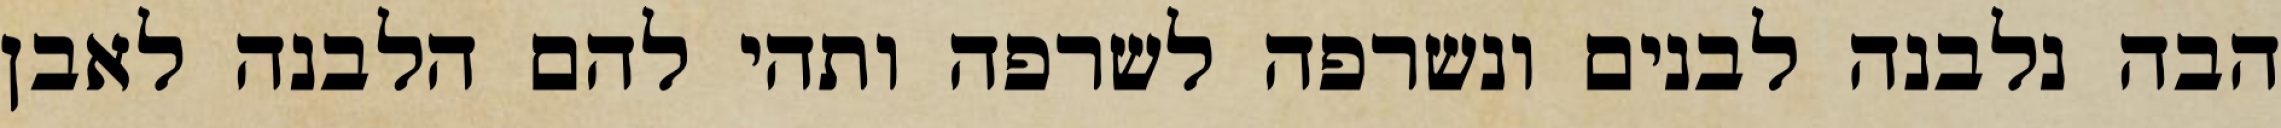
הבה נלבנה לבנים ונשרפה לשרפה ותהי להם הלבנה לאבן